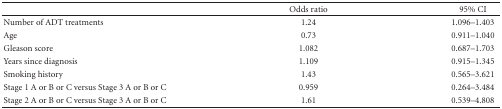
|  | Odds ratio | 95% CI |
 | --- | --- | --- |
 | Number of ADT treatments | 1.24 | 1.096–1.403 |
 | Age | 0.73 | 0.911–1.040 |
 | Gleason score | 1.082 | 0.687–1.703 |
 | Years since diagnosis | 1.109 | 0.915–1.345 |
 | Smoking history | 1.43 | 0.565–3.621 |
 | Stage 1 A or B or C versus Stage 3 A or B or C | 0.959 | 0.264–3.484 |
 | Stage 2 A or B or C versus Stage 3 A or B or C | 1.61 | 0.539–4.808 |